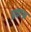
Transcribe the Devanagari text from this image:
प्रकाश्न